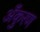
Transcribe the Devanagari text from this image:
अँकुरण